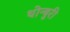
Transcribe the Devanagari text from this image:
थोन्बुरी